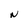
Character: N